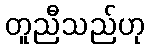
တူညီသည်ဟု